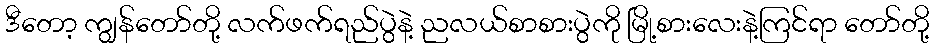
ဒီတော့ ကျွန်တော်တို့ လက်ဖက်ရည်ပွဲနဲ့ ညလယ်စာစားပွဲကို မြို့စားလေးနဲ့ကြင်ရာ တော်တို့